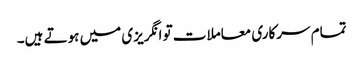
تمام سرکاری معاملات تو انگریزی میں ہوتے ہیں۔